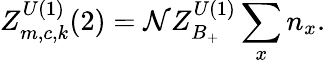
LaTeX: Z_{m,c,k}^{U(1)}(2)={\cal N}Z_{B_{+}}^{U(1)}\sum_{x}n_{x}.